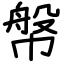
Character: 幋